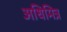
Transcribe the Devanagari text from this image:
अधिमित्र